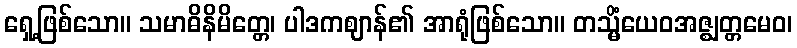
ရှေ့ဖြစ်သော။ သမာဓိနိမိတ္တေ၊ ပါဒကဈာန်၏ အာရုံဖြစ်သော။ တသ္မိံယေဝအဇ္ဈတ္တမေဝ၊